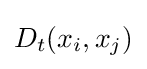
D_{t}(x_{i},x_{j})